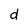
Character: d